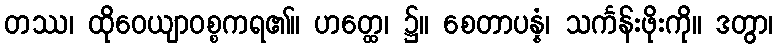
တဿ၊ ထိုဝေယျာဝစ္စကရ၏။ ဟတ္ထေ၊ ၌။ စေတာပန္နံ၊ သင်္ကန်းဖိုးကို။ ဒတွာ၊